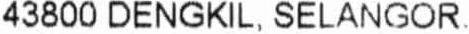
43800 DENGKIL, SELANGOR.